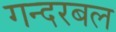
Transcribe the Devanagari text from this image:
गन्दरबल